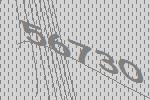
56730